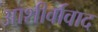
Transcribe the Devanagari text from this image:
आशीर्वावाद